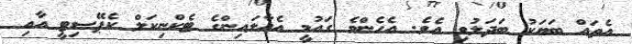
އެތައް ބަޔަކު ބަދަލުވި އެވެ. އެހެންވެ ގައުމީ އެއާލައިންގެ ޓެކްނިކަލް ކެޕޭސިޓީ އާއި